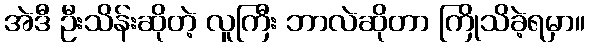
အဲဒီ ဦးသိန်းဆိုတဲ့ လူကြီး ဘာလဲဆိုတာ ကြိုသိခဲ့ရမှာ။